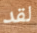
لقد